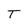
Character: T